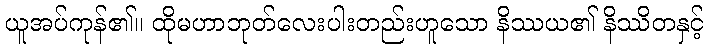
ယူအပ်ကုန်၏။ ထိုမဟာဘုတ်လေးပါးတည်းဟူသော နိဿယ၏ နိဿိတနှင့်